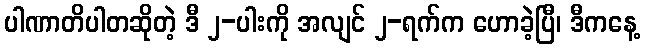
ပါဏာတိပါတဆိုတဲ့ ဒီ ၂-ပါးကို အလျင် ၂-ရက်က ဟောခဲ့ပြီ၊ ဒီကနေ့